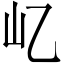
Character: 𡴭